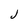
Character: J